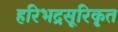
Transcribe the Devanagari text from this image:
हरिभद्रसूरिकृत